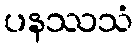
ပနဿသံ